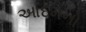
આદમનો